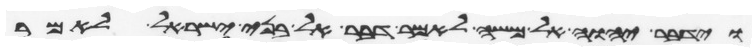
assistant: וידבר יהוה אל משה לאמר דבר אל בני ישראל לאמר